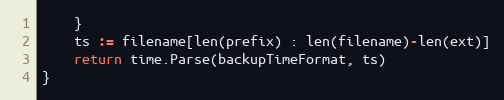
Language: Go
	}
	ts := filename[len(prefix) : len(filename)-len(ext)]
	return time.Parse(backupTimeFormat, ts)
}